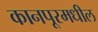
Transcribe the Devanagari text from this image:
कानपूरमधील